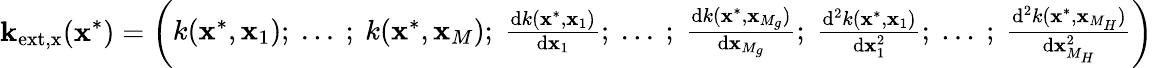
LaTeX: \textbf{k}_{\mathrm{ext,x}}(\textbf{x}^{*})=\left(\begin{array}{l}{k(\textbf{x}^{*},\textbf{x}_{1});~...~;~k(\textbf{x}^{*},\textbf{x}_{M});~\frac{\mathrm{d}k(\textbf{x}^{*},\textbf{x}_{1})}{\mathrm{d}\textbf{x}_{1}};~...~;~\frac{\mathrm{d}k(\textbf{x}^{*},\textbf{x}_{M_{g}})}{\mathrm{d}\textbf{x}_{M_{g}}};~\frac{\mathrm{d}^{2}k(\textbf{x}^{*},\textbf{x}_{1})}{\mathrm{d}\textbf{x}_{1}^{2}};~...~;~\frac{\mathrm{d}^{2}k(\textbf{x}^{*},\textbf{x}_{M_{H}})}{\mathrm{d}\textbf{x}_{M_{H}}^{2}}}\end{array}\right)